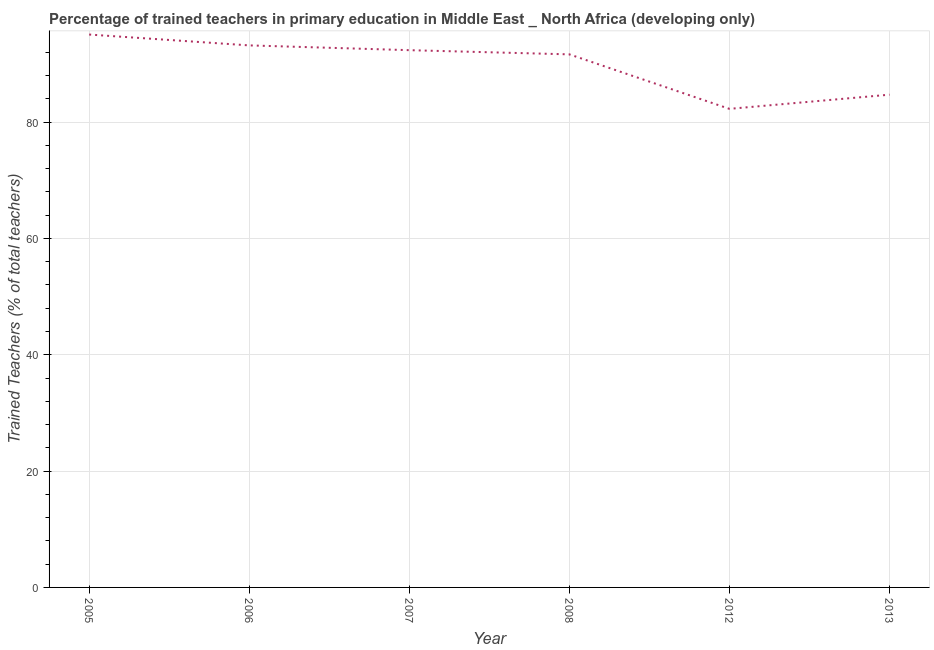
| Year | Trained teacher |
 | --- | --- |
 | 2005 | 95 |
 | 2006 | 93.2 |
 | 2007 | 92.4 |
 | 2008 | 91.6 |
 | 2012 | 82.3 |
 | 2013 | 84.7 |